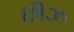
છીઝ